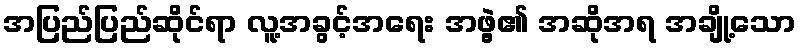
အပြည်ပြည်ဆိုင်ရာ လူ့အခွင့်အရေး အဖွဲ့၏ အဆိုအရ အချို့သော